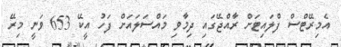
އެމިރޭޓްސް ފްލައިޓަށް ރާއްޖޭގައި ދިމާވި މައްސަލައަށް ފަހު އީކޭ 653 ވަނީ މިރޭ